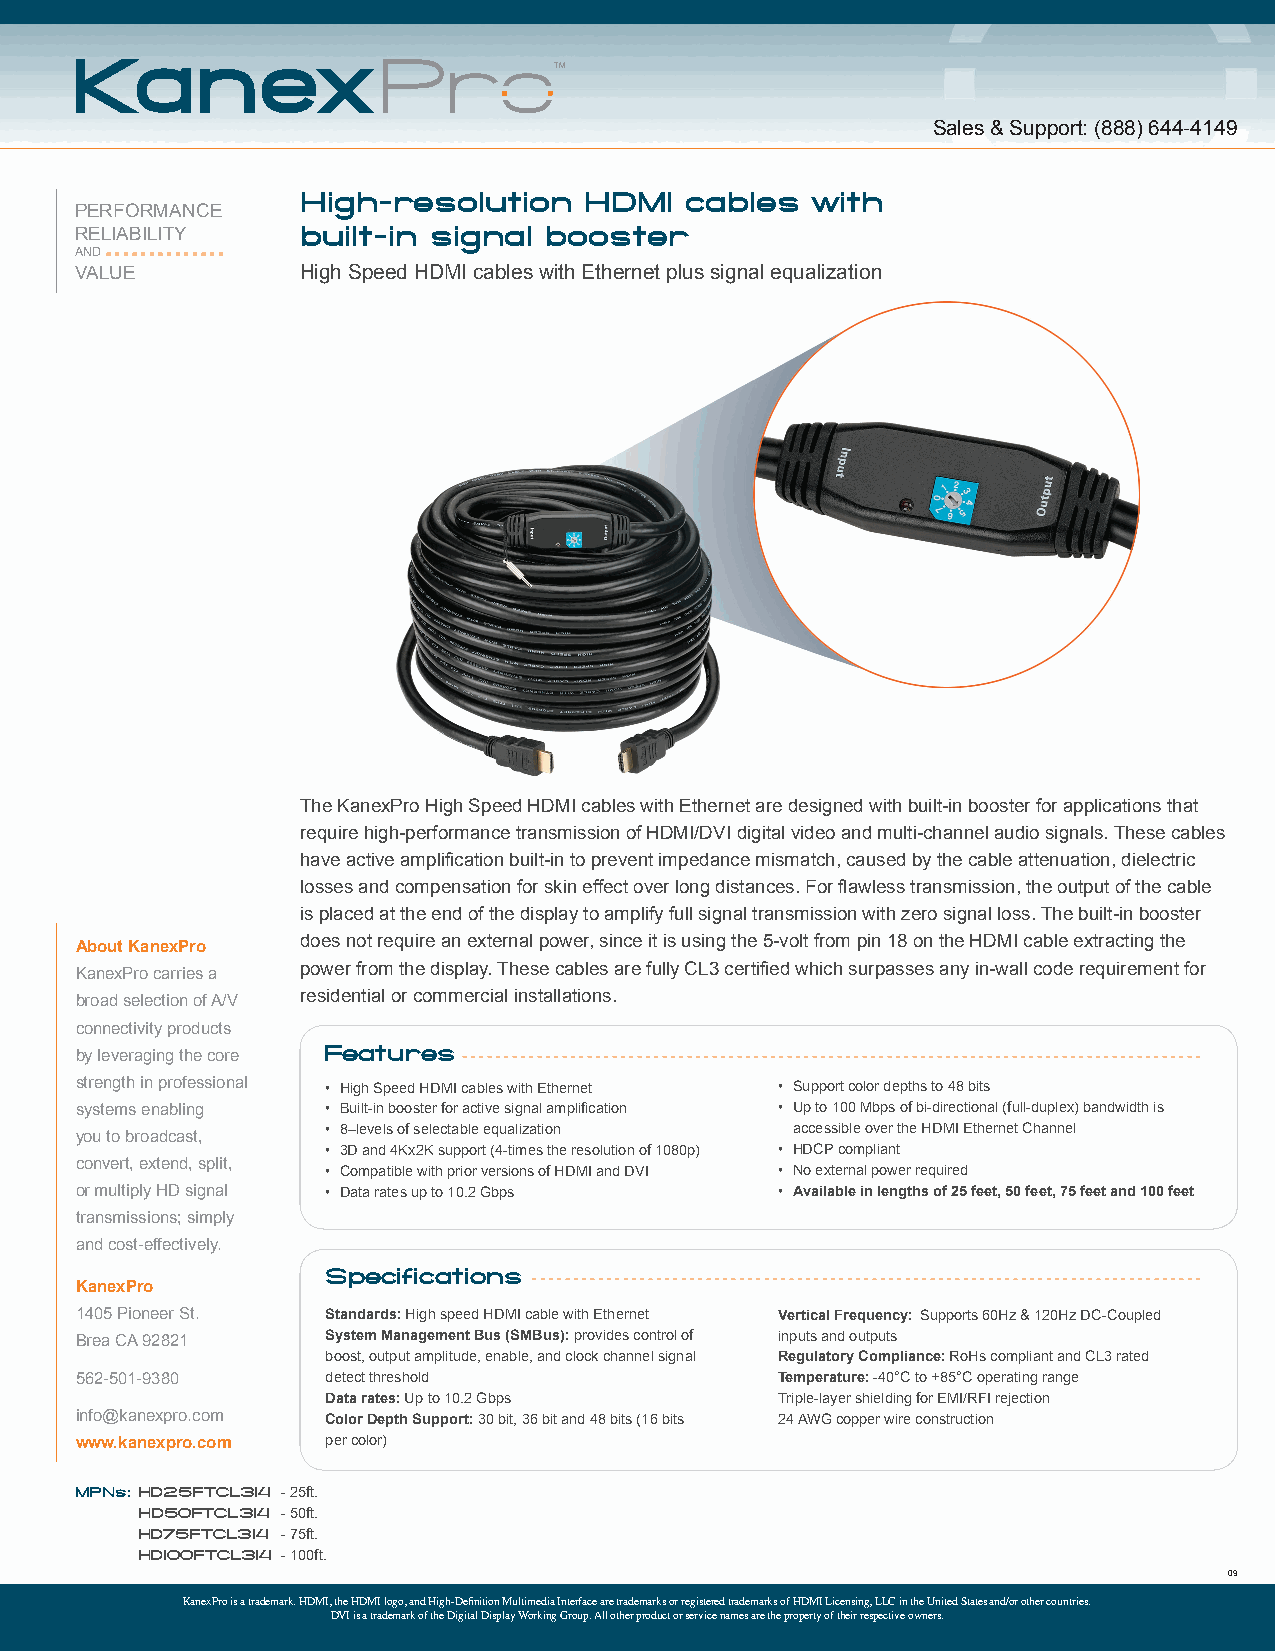
Sales & Support: (888) 644-4149
 High-resolution    HDMI  cables   with
 PERFORMANCE
 RELIABILITY    built-in signal booster
 AND
 VALUE          High Speed HDMI cables with Ethernet plus signal equalization
 The KanexPro High Speed HDMI cables with Ethernet are designed with built-in booster for applications that
 require high-performance transmission of HDMI/DVI digital video and multi-channel audio signals. These cables
 have active amplification built-in to prevent impedance mismatch, caused by the cable attenuation, dielectric
 losses and compensation for skin effect over long distances. For flawless transmission, the output of the cable
 is placed at the end of the display to amplify full signal transmission with zero signal loss. The built-in booster
 does not require an external power, since it is using the 5-volt from pin 18 on the HDMI cable extracting the
 About KanexPro
 KanexPro carries a power from the display. These cables are fully CL3 certified which surpasses any in-wall code requirement for
 broad selection of A/V residential or commercial installations.
 connectivity products
 by leveraging the core Features
 strength in professional • High Speed HDMI cables with Ethernet • Support color depths to 48 bits
 systems enabling • Built-in booster for active signal amplification • Up to 100 Mbps of bi-directional (full-duplex) bandwidth is
 you to broadcast, • 8–levels of selectable equalization accessible over the HDMI Ethernet Channel
 • 3D and 4Kx2K support (4-times the resolution of 1080p) • HDCP compliant
 convert, extend, split,
 • Compatible with prior versions of HDMI and DVI • No external power required
 or multiply HD signal • Data rates up to 10.2 Gbps • Available in lengths of 25 feet, 50 feet, 75 feet and 100 feet
 transmissions; simply
 and cost-effectively.
 Specifications
 KanexPro
 1405 Pioneer St. Standards: High speed HDMI cable with Ethernet Vertical Frequency: Supports 60Hz & 120Hz DC-Coupled
 Brea CA 92821    System Management Bus (SMBus): provides control of inputs and outputs
 boost, output amplitude, enable, and clock channel signal Regulatory Compliance: RoHs compliant and CL3 rated
 562-501-9380     detect threshold              Temperature: -40°C to +85°C operating range
 Data rates: Up to 10.2 Gbps   Triple-layer shielding for EMI/RFI rejection
 info@kanexpro.com Color Depth Support: 30 bit, 36 bit and 48 bits (16 bits 24 AWG copper wire construction
 www.kanexpro.com per color)
 MPNs: HD25FTCL314 - 25ft.
 HD50FTCL314 - 50ft.
 HD75FTCL314 - 75ft.
 HD100FTCL314 - 100ft.
 09
 KanexPro is a trademark. HDMI, the HDMI logo, and High-Definition Multimedia Interface are trademarks or registered trademarks of HDMI Licensing, LLC in the United States and/or other countries.
 DVI is a trademark of the Digital Display Working Group. All other product or service names are the property of their respective owners.